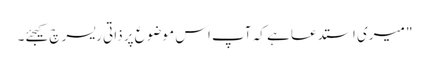
"‌ میری استدعا ہے کہ آپ اس موضوع پر ذاتی ریسرچ کیجئے۔